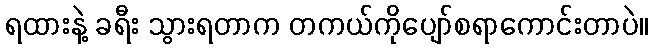
ရထားနဲ့ ခရီး သွားရတာက တကယ်ကိုပျော်စရာကောင်းတာပဲ။